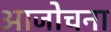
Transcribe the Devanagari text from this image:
आजोचना